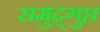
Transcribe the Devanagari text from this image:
समुद्र्गुप्त